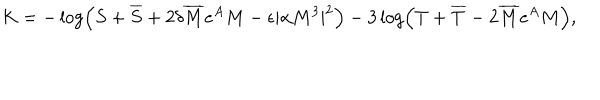
K = - \log \left( S + \overline { { S } } + 2 \delta \overline { { M } } e ^ { A } M - \epsilon | \alpha M ^ { 3 } | ^ { 2 } \right) - 3 \log \left( T + \overline { { T } } - 2 \overline { { M } } e ^ { A } M \right) ,